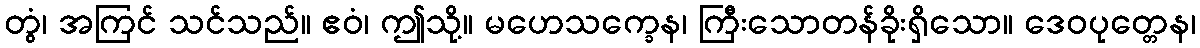
တွံ၊ အကြင် သင်သည်။ ဧဝံ၊ ဤသို့။ မဟေသက္ခေန၊ ကြီးသောတန်ခိုးရှိသော။ ဒေဝပုတ္တေန၊